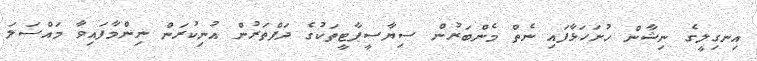
އިނގިލީގެ ނިޝާން ހުށަހަޅާފައި ނެތް މެންބަރުން ސިޔާސީޕާޓީތަކުގެ ދަފްތަރުން އުނިކުރަން ނިންމާފައިވާ މައްސަލަ